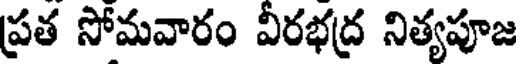
ప్రత సోమవారం వీరభద్ర నిత్యపూజ